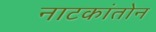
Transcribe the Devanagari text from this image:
नाटकांतोन